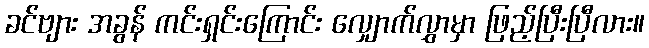
ခင်ဗျား အခွန် ကင်းရှင်းကြောင်း လျှောက်လွှာမှာ ဖြည့်ပြီးပြီလား။